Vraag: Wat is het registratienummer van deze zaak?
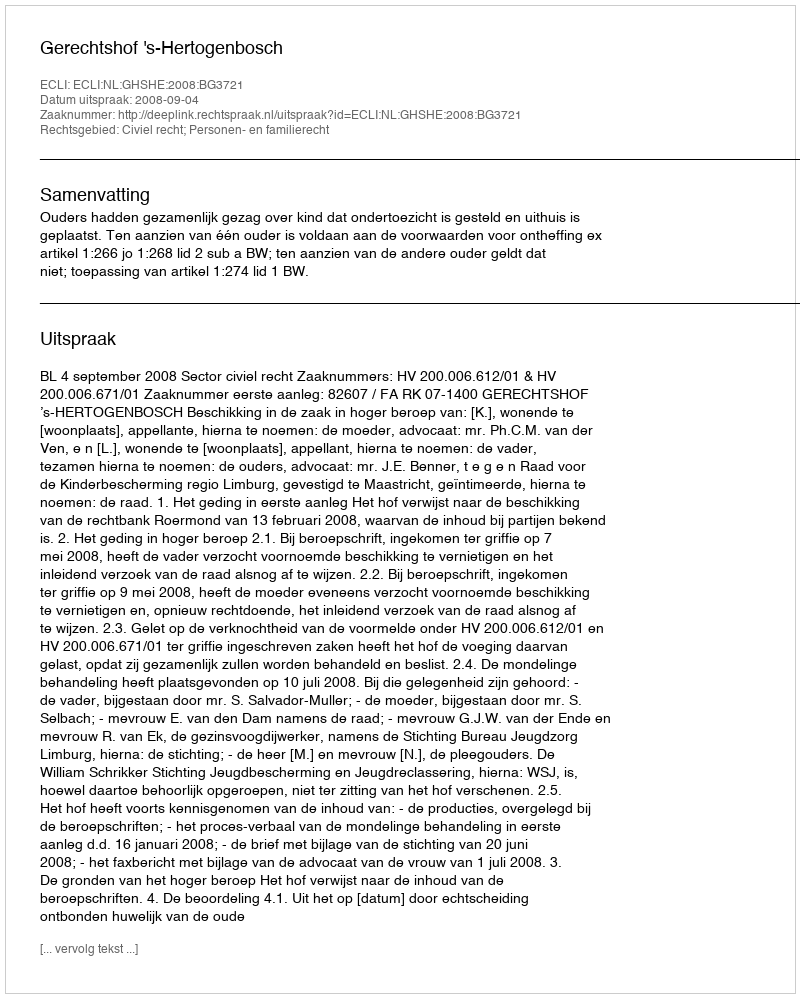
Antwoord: http://deeplink.rechtspraak.nl/uitspraak?id=ECLI:NL:GHSHE:2008:BG3721